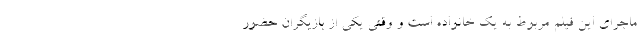
ماجرای این فیلم مربوط به یک خانواده است و وقتی یکی از بازیگران حضور